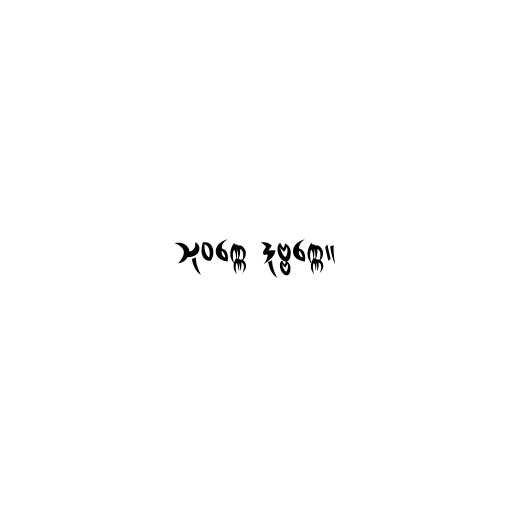
သုဝဏ္ဏေ ဒုဗ္ဗဏ္ဏေ။